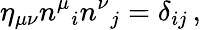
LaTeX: \eta_{\mu\nu}n^{\mu}{}_{i}n^{\nu}{}_{j}=\delta_{ij}\, ,